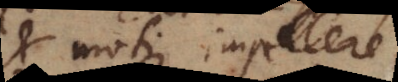
moti impellere,